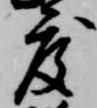
度